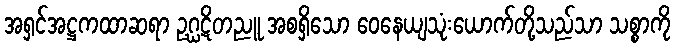
အရှင်အဋ္ဌကထာဆရာ ဥဂ္ဃဋိတညူ အစရှိသော ဝေနေယျသုံးယောက်တို့သည်သာ သစ္စာကို